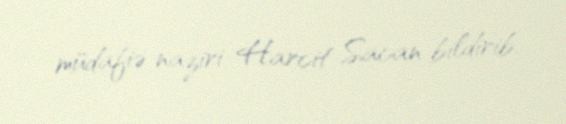
müdafiə naziri Harcit Sacan bildirib.